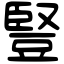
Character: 豎